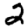
Digit: 2